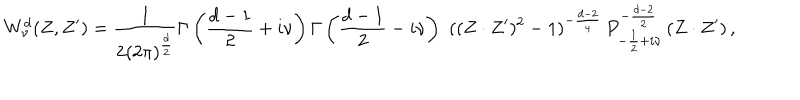
{ W _ { \nu } ^ { d } } ( Z , Z ^ { \prime } ) = \frac { 1 } { 2 ( 2 \pi ) ^ { \frac { d } { 2 } } } \Gamma \left( \frac { d - 1 } { 2 } + i \nu \right) \Gamma \left( \frac { d - 1 } { 2 } - i \nu \right) \, \, ( ( Z \cdot Z ^ { \prime } ) ^ { 2 } - 1 ) ^ { - \frac { d - 2 } { 4 } } \, P _ { - \frac { 1 } { 2 } + i \nu } ^ { - \frac { d - 2 } { 2 } } \left( { Z \cdot Z ^ { \prime } } \right) ,